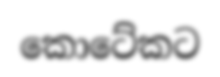
කොටේකට